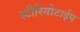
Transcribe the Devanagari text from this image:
स्टीरियोटाईप